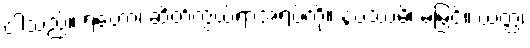
ငါသည်။ ရဟော၊ ဆိတ်ကွယ်ရာအရပ်ကို။ နပဿမိ၊ မမြင်။ ယတ္ထ၊